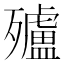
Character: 㱺